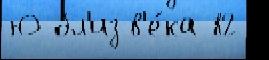
Ю бл'из в'е́ка 82